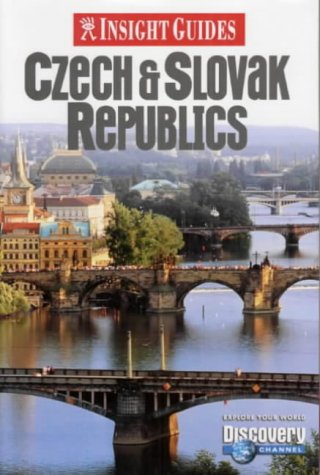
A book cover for Czech and Slovak Republics Insight Guide (Insight Guides); Travel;